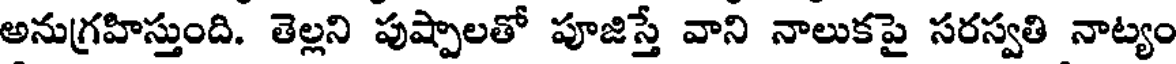
అనుగ్రహిస్తుంది. తెల్లని పుష్పాలతో పూజిస్తే వాని నాలుకపై సరస్వతి నాట్యం